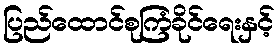
ပြည်ထောင်စုကြံခိုင်ရေးနှင့်